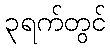
၃ရက်တွင်